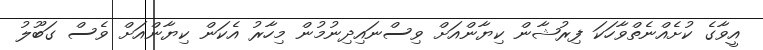
އީވާގެ ކުށެއްނެތްވާހަކަ ފިރުޝާން ކިޔާންއަށް ވިސްނައިދިނުމުން މިހާރު އެކަން ކިޔާންއަށް ވެސް ގަބޫލު